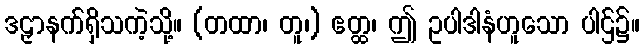
ဒဠှာနက်ရှိသကဲ့သို့။ (တထာ၊ တူ၊) ဧတ္ထ၊ ဤ ဥပါဒါနံဟူသော ပါဌ်၌။